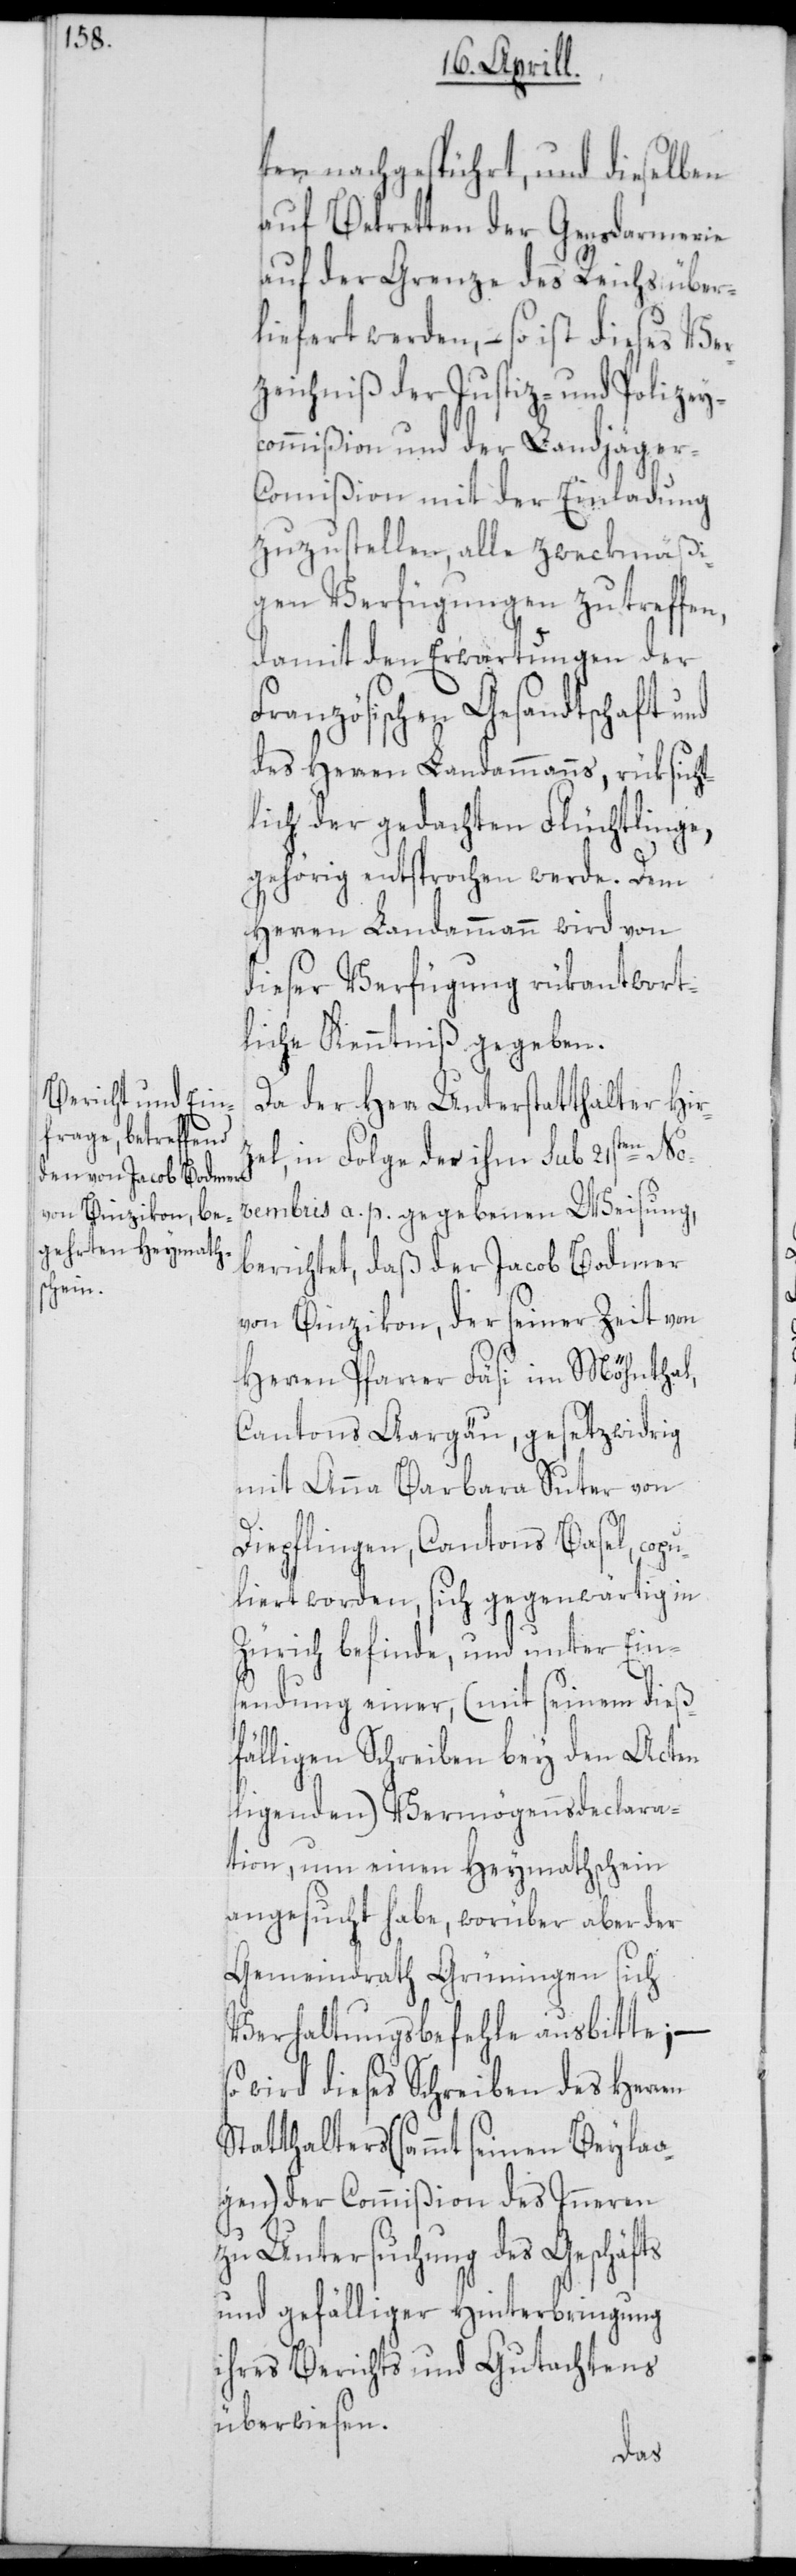
ten nachgespührt, und dieselben
auf Betretten der Gensdarmerie
auf der Grenze des Reichs über¬
liefert werden, – so ist dieses Ver¬
zeichnis der Justiz- und Polizey¬
commißion und der Landjäger-C¬
ommißion mit der Einladung
zuzustellen, alle zweckmäßi¬
gen Verfügungen zu treffen,
damit den Erwartungen der
Französischen Gesandtschaft und
des Herren Landammanns, rüksicht¬
lich der gedachten Flüchtlinge,
gehörig entsprochen werde. Dem
Herren Landammann wird von
dieser Verfügung rükantwort¬
liche Kenntniß gegeben.
Da der Herr Unterstatthalter Hir¬
zel, in Folge der ihm sub 21sten No¬
vembris a. p. gegebenen Weisung,
berichtet, daß der Jacob Bodmer
von Binzikon, der seiner Zeit von
Herren Pfarrer Fäsi im Möhnthal,
Cantons Aargäu, gesetzwidrig
mit Anna Barbara Suter von
Diepflingen, Cantons Basel, cop¬
uliert worden, sich gegenwärtig in
Zürich befinde, und unter Ein¬
sendung einer, (mit seinem dieß¬
fälligen Schreiben bey den Acten
ligenden) Vermögennsdeclara¬
tion, um einen Heymathschein
angesucht habe, worüber aber der
Gemeindrath Grüningen sich
Verhaltungsbefehle ausbitte; –
so wird dieses Schreiben des Herren
Statthalters (sammt seinen Beylaa¬
gen) der Commißion des Inneren
zu Untersuchung des Geschäfts
und gefälliger Hinterbringung
ihres Berichts und Gutachtens
überwiesen.